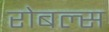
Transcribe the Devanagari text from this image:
रोबल्स